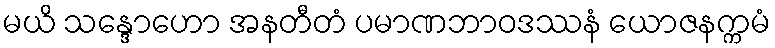
မယိ သန္ဒောဟော အနတီတံ ပမာဏဘာဝဒဿနံ ယောဇနက္ကမံ